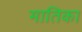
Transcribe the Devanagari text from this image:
मातिका